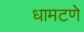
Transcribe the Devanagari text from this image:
धामटणे